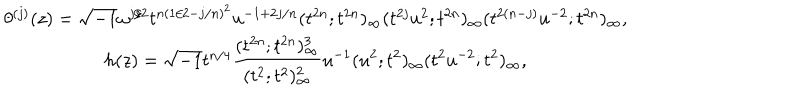
\begin{array} { c } { { \theta ^ { ( j ) } ( z ) = \sqrt { - 1 } \omega ^ { j / 2 } t ^ { n ( 1 / 2 - j / n ) ^ { 2 } } u ^ { - 1 + 2 j / n } ( t ^ { 2 n } ; t ^ { 2 n } ) _ { \infty } ( t ^ { 2 j } u ^ { 2 } ; t ^ { 2 n } ) _ { \infty } ( t ^ { 2 ( n - j ) } u ^ { - 2 } ; t ^ { 2 n } ) _ { \infty } , } } \\ { { h ( z ) = \sqrt { - 1 } t ^ { n / 4 } \displaystyle \frac { ( t ^ { 2 n } ; t ^ { 2 n } ) _ { \infty } ^ { 3 } } { ( t ^ { 2 } ; t ^ { 2 } ) _ { \infty } ^ { 2 } } u ^ { - 1 } ( u ^ { 2 } ; t ^ { 2 } ) _ { \infty } ( t ^ { 2 } u ^ { - 2 } ; t ^ { 2 } ) _ { \infty } , } } \\ \end{array}